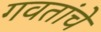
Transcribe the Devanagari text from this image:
गवतांचे